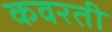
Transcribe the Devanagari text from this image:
कवरती